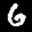
Label: 6